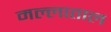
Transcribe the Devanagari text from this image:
मल्लाताल